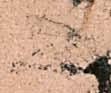
人